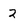
Character: 2